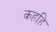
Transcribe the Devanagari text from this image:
कहहि